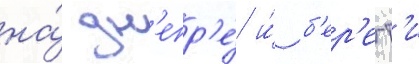
на́ дн'епр'е́ и́ б'ер'егт'и